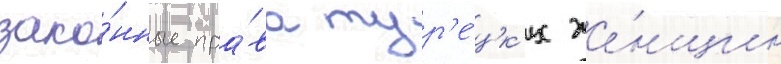
зако́нные пра́ва тур'е́цк'их же́нщин